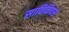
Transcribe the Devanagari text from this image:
साविनियंस